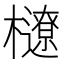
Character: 𣟆